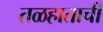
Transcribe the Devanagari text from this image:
तळहाताची